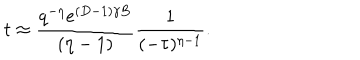
LaTeX: t \approx \frac { q ^ { - \eta } e ^ { ( D - 1 ) \gamma B } } { ( \eta - 1 ) } \frac { 1 } { ( - \tau ) ^ { \eta - 1 } } .